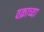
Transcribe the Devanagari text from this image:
वक्राच्या